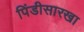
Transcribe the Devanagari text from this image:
पिंडीसारखा